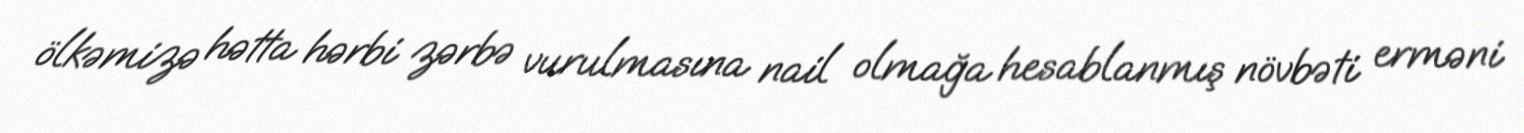
ölkəmizə hətta hərbi zərbə vurulmasına nail olmağa hesablanmış növbəti erməni